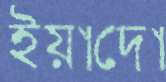
ইয়াদো